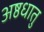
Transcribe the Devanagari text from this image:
अष्ठधातु